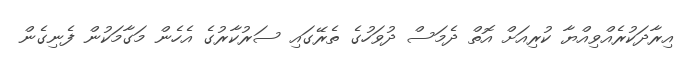
އިރާދަކުރެއްވިއްޔާ ކުރިއަށް އޮތް ދެމަސް ދުވަހުގެ ތެރޭގައި ސަރުކާރުގެ އެހެން މަގާމަކުން ފެނިގެން